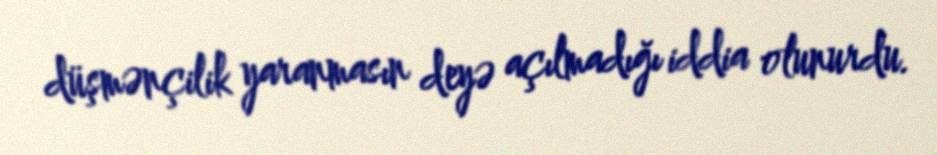
düşmənçilik yaranmasın deyə açılmadığı iddia olunurdu.